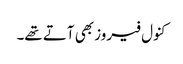
کنول فیروز بھی آتے تھے۔